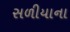
સળીયાના